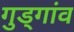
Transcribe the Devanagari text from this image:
गुड्गांव